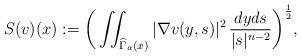
LaTeX: \begin{align*}S(v)(x):=\bigg (\iint_{\widehat {\Gamma}_a(x)}|\nabla v(y,s)|^2 \,\frac{dyds}{|s|^{n-2}}\bigg )^{\frac{1}{2}},\end{align*}